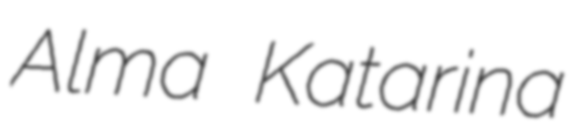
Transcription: Alma Katarina